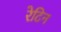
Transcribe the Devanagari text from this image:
रेटिन